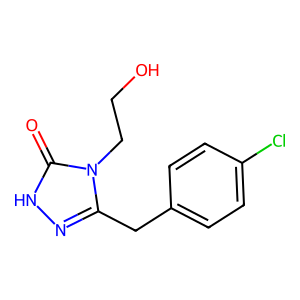
SMILES: O=c1[nH]nc(Cc2ccc(Cl)cc2)n1CCO
Inhibits HIV replication: No